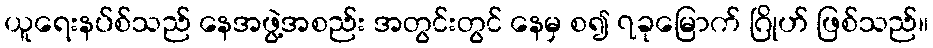
ယူရေးနပ်စ်သည် နေအဖွဲ့အစည်း အတွင်းတွင် နေမှ စ၍ ၇ခုမြောက် ဂြိုဟ် ဖြစ်သည်။